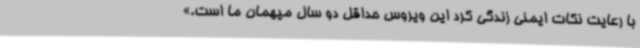
با رعایت نکات ایمنی زندگی کرد این ویروس حداقل دو سال میهمان ما است.»